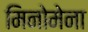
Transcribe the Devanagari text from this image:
मिनोमेना